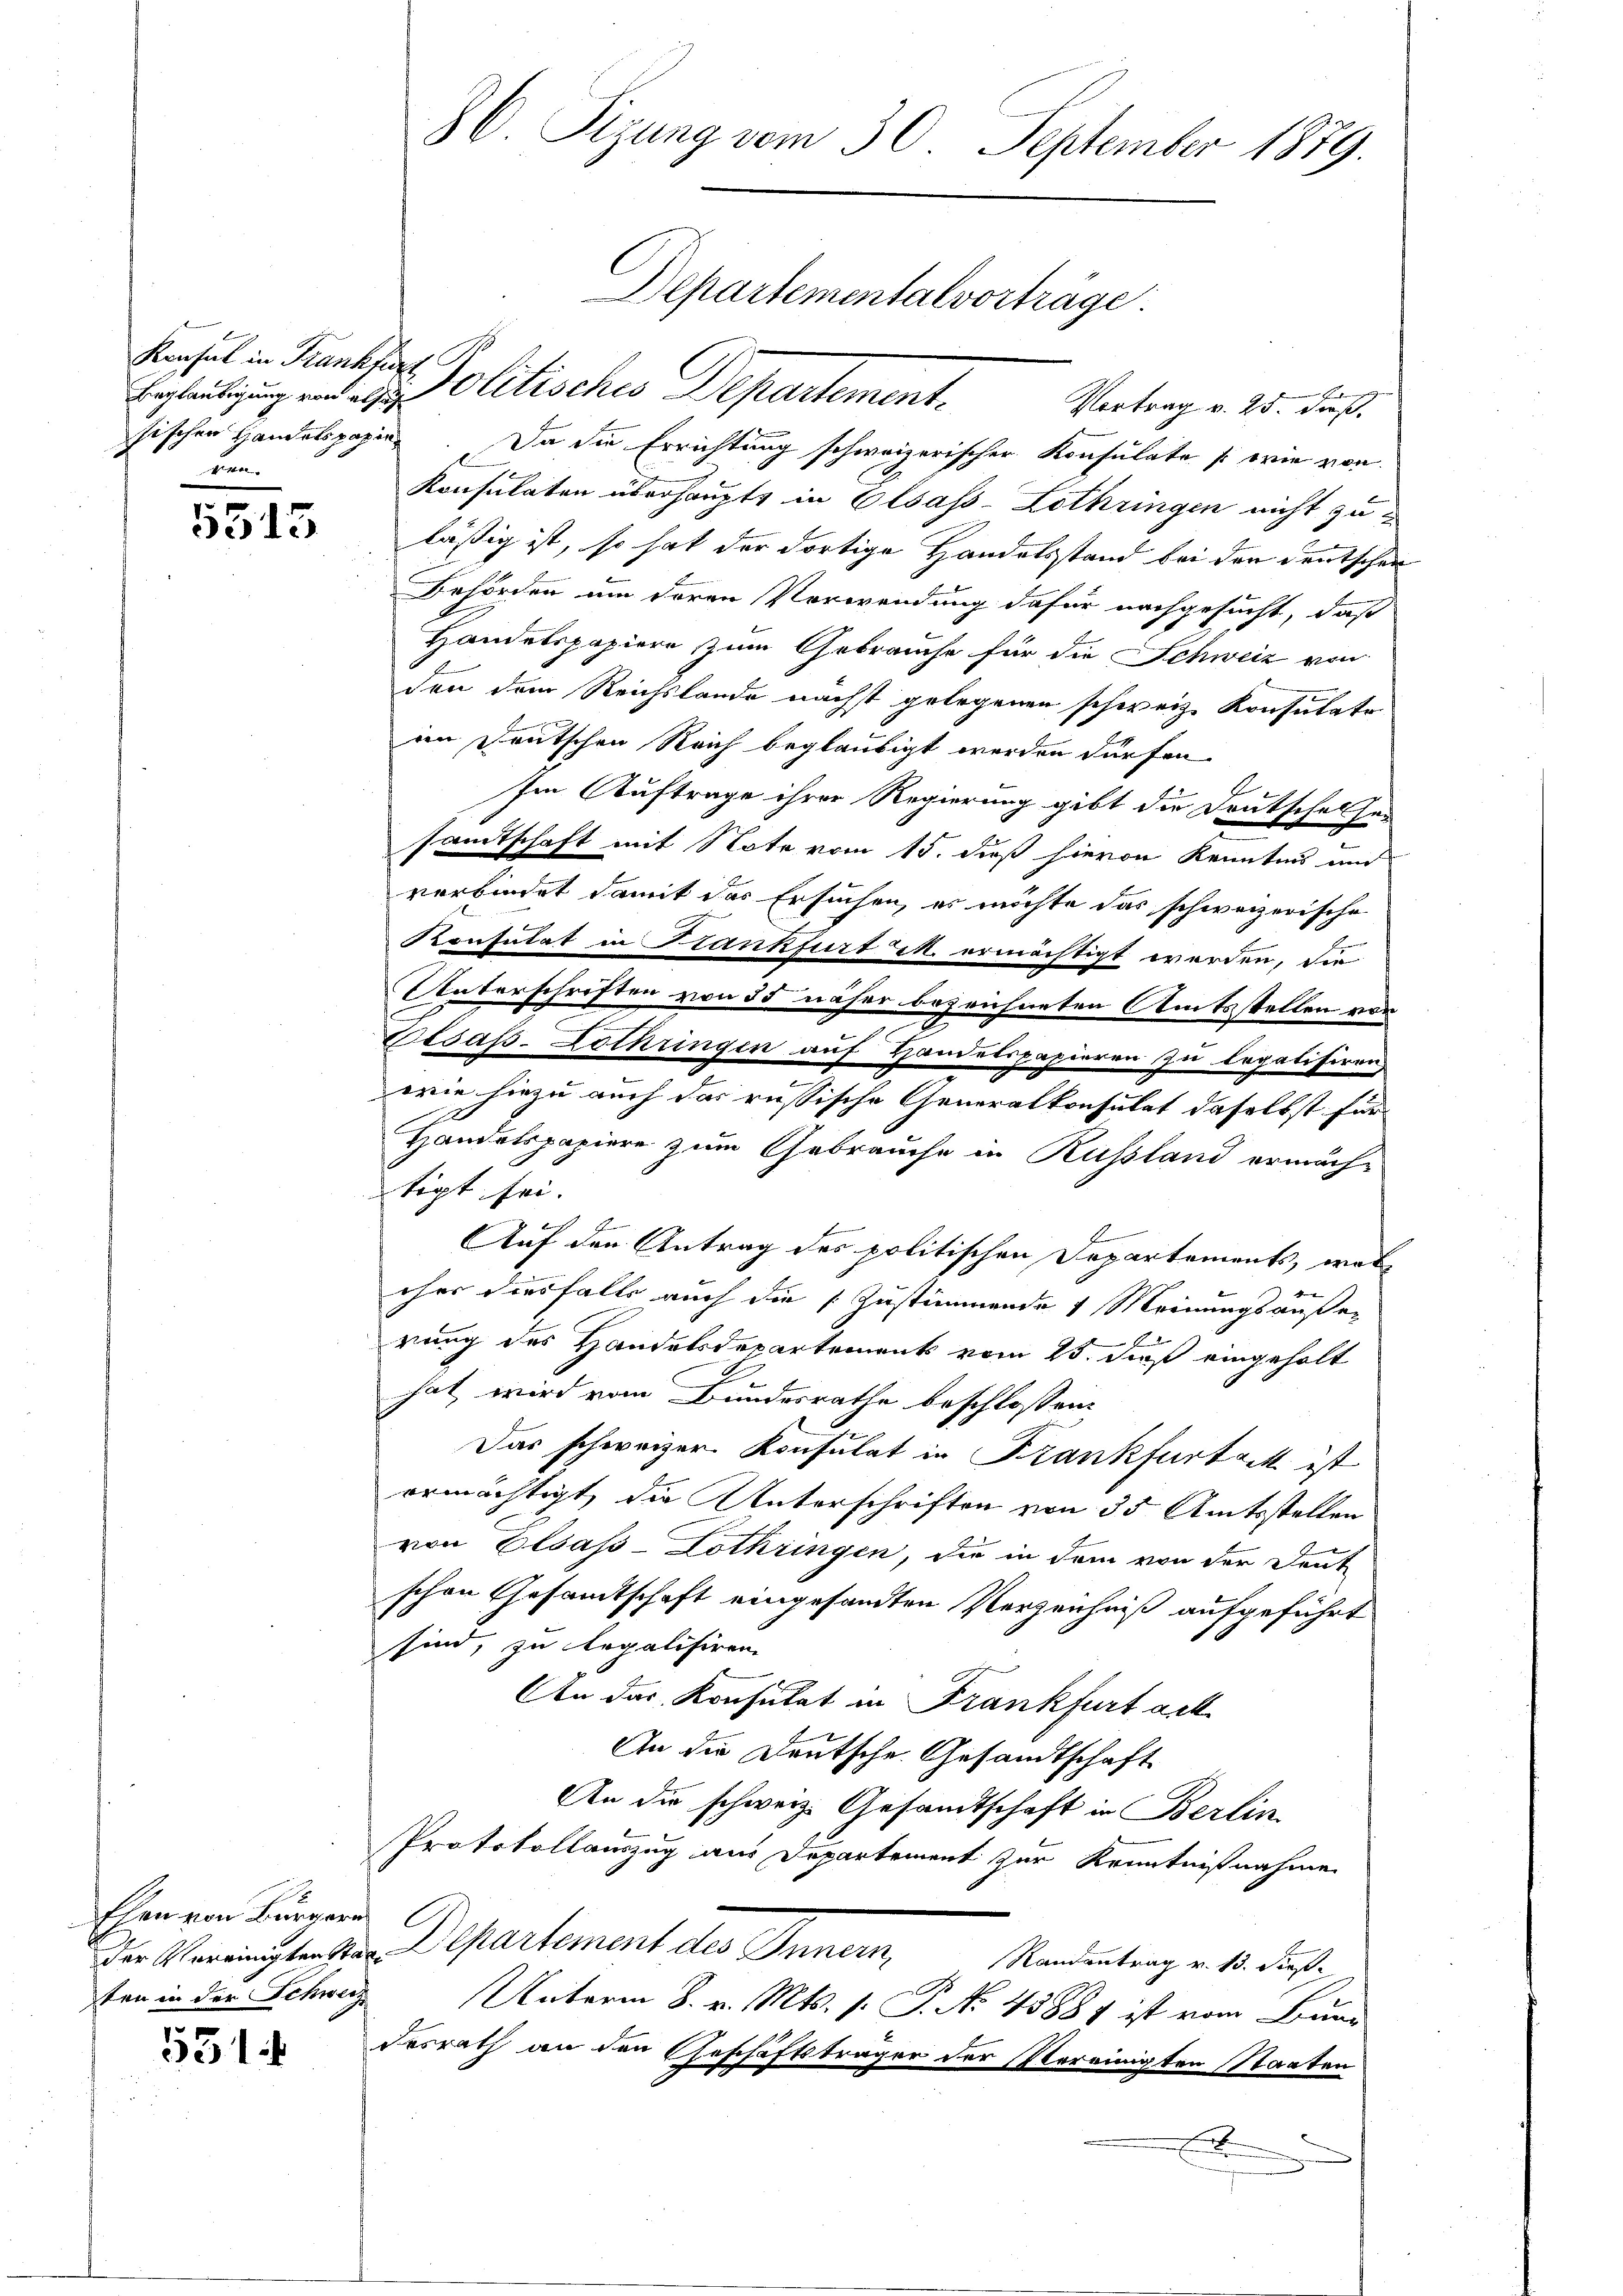
Beglaubigung von ersuch
sischen Handelspapieven.

5513

Ehen von Bürgern
ten in der Schweiz

531

86 Sizung vom 30. September 1879.

Departementalvorträge.

Kanchel in Krankher Politisches Departement. Vertrag v. 25. daß
Da die Errichtung schweizerischer Konsulate (wie von
Konsulaten überhaupte in Elsass-Lothringen nicht zu
läßig ist, so hat der dortige Handelsstand bei den deutschen
Behörden um deren Verwendung dafür nachgesucht, daß
Handelspapiere zum Gebrauche für die Schweiz von
den dem Reichstande nächst gelegenen schweiz. Konsulate
in Deutschen Reich beglaubigt werden dürfen.
E
sin Auftrage ihrer Regierung gibt die Deutschelsen
sandtschaft mit Note vom 15. dieß hievon Kenntnis und
verbindet damit des Ersuchen, es möchte das schweizerische
Konsulat in Frankfurt M. ermächtigt werden, die
Unterschriften von 55 näher bezeichneten Amtsstellen von
Elsass-Lothringen auf Handelspapieren zu legalisiren,
wie hiezu auch das russische Generalkonsulat daselbst für
Handelspapiere zum Gebrauche in Russland ermächtigt sei.
Auf den Antrag des politischen Departements, wel
ches diesfalls auch die Zustimmende 1 Meinungsäußer
rung des Handelsdepartements vom 25. dieß eingeholt
hat, wird vom Bundesrathe beschlossen:
Das schweizer Konsulat in Frankfurtack ist
ermächtigt, die Unterschriften von 35 Amtsstellen
von Elsass-Lothringen, die in dem von der Deut
schen Gesamtschaft eingesandten Verzeichniß aufgeführt
sind, zu legalisiren
An das Konsulat in Frankfurt ack
An die Deutsche Gesandtschaft
An die schweiz. Gesandtschaft in Berlin
Protokollauszug aus Departement zur Kenntnißnahme
Der Vereinigstenten Departement des Innern, Mordentrag v. 18. diese
Unterm 8. v. Mts. s. P. No 45881 ist vom Bun
desrath an den Geschäftsträger der Vereinigten Staaten
e